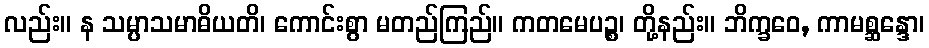
လည်း။ န သမ္ပာသမာဓိယတိ၊ ကောင်းစွာ မတည်ကြည်။ ကတမေပဉ္စ၊ တို့နည်း။ ဘိက္ခဝေ, ကာမစ္ဆန္ဒော၊